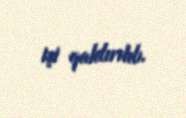
işi qaldırılıb.